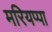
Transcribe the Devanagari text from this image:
मरियप्पा